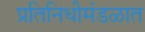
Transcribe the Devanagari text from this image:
प्रतिनिधीमंडळात